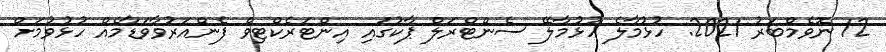
12 ނޮވެމްބަރު 2021: ހުޅުމާލެ ހުޅުމާލޭ ސެންޓްރަލް ޕާކުގައި އިންޓަރެކްޓިވް ފެންއަރުވާވަޑާމެއް ހުޅުވުމަށް